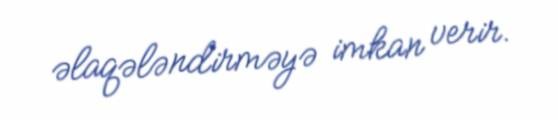
əlaqələndirməyə imkan verir.